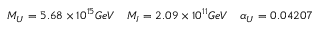
\begin{array} { c c c } { { M _ { U } = 5 . 6 8 \times 1 0 ^ { 1 5 } G e V } } & { { M _ { I } = 2 . 0 9 \times 1 0 ^ { 1 1 } G e V } } & { { \alpha _ { U } = 0 . 0 4 2 0 7 } } \end{array}